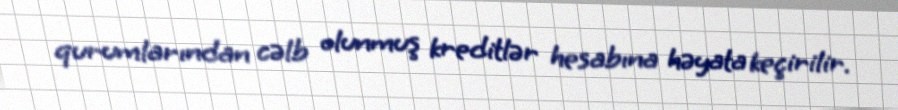
qurumlarından cəlb olunmuş kreditlər hesabına həyata keçirilir.